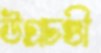
উগ্রচণ্ডী